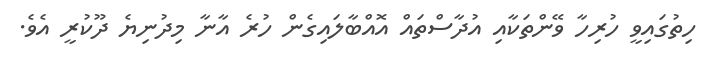
ހިތުގައިވީ ހުރިހާ ވޭންތަކާއި އުދާސްތައް އޮއްބާލައިގެން ހުރެ އާނާ މިދުނިޔެ ދޫކުރީ އެވެ.